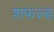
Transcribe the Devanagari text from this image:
शफल्ड